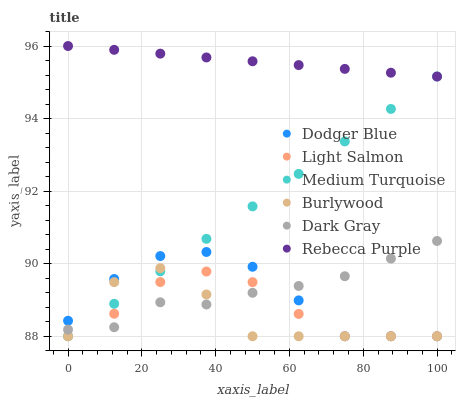
| xaxis_label | Dodger Blue | Light Salmon | Medium Turquoise | Burlywood | Dark Gray | Rebecca Purple |
 | --- | --- | --- | --- | --- | --- | --- |
 | 0 | 88.4 | 88 | 88 | 88 | 88.2 | 96 |
 | 12.5 | 89.6 | 88.6 | 88.9 | 89.5 | 88.2 | 95.9 |
 | 25 | 90.2 | 89.5 | 89.8 | 89.9 | 88.9 | 95.8 |
 | 37.5 | 90.3 | 89.8 | 90.7 | 89.2 | 88.9 | 95.7 |
 | 50 | 89.9 | 89.5 | 91.6 | 88 | 89.2 | 95.6 |
 | 62.5 | 89 | 88.6 | 92.5 | 88 | 89.4 | 95.5 |
 | 75 | 88 | 88 | 93.4 | 88 | 89.7 | 95.4 |
 | 87.5 | 88 | 88 | 94.3 | 88 | 90.1 | 95.3 |
 | 100 | 88 | 88 | 95.2 | 88 | 90.6 | 95.2 |